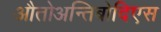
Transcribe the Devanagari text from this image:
औतोअन्तिबोदिएस